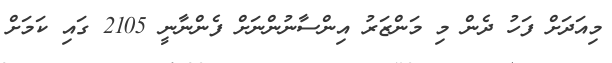
މިއަދަށް ފަހު ދެން މި މަންޒަރު އިންސާނުންނަށް ފެންނާނީ 2105 ގައި ކަމަށް